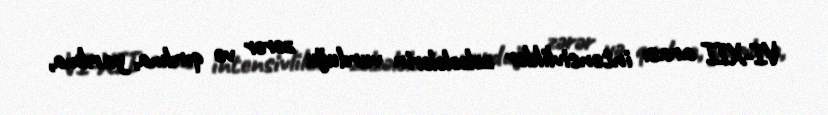
VI-XII arası intensivliklər zəlzələlərin vurduğu zərər və qırılma, yarılma,